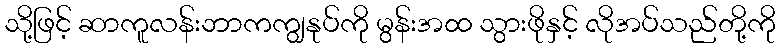
သို့ဖြင့် ဆာကူလန်းဘာကကျွနုပ်ကို မွန်းအထ သွားဖိုနှင့် လိုအပ်သည်တို့ကို